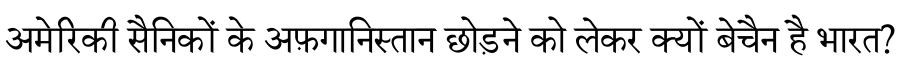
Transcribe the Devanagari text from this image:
अमेरिकी सैनिकों के अफ़गानिस्तान छोड़ने को लेकर क्यों बेचैन है भारत?